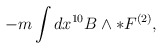
\begin{align*}-m\int dx^{10} B\wedge*F^{(2)},\end{align*}